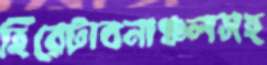
হিরেটাবনাঞ্চলসহ